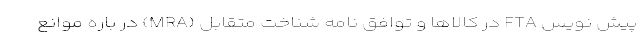
پیش نویس FTA در کالاها و توافق نامه شناخت متقابل (MRA) در باره موانع